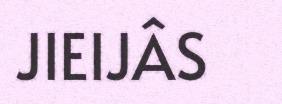
JIEIJÂS